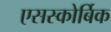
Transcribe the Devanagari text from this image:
एसस्कोर्बिक